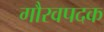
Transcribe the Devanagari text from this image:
गौरवपदक